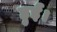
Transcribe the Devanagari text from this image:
हुर्ईं।